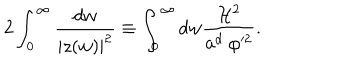
LaTeX: 2 \int _ { 0 } ^ { \infty } \frac { d w } { | z ( w ) | ^ { 2 } } \equiv \int _ { 0 } ^ { \infty } d w \frac { { \cal H } ^ { 2 } } { a ^ { d } ~ \varphi ^ { 2 } } .